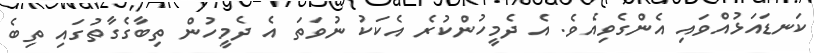
ކަނޑައަޅުއްވައި އެންގެވިއެވެ. އެ ދެމީހުންކުރެ އެކަކު ނުވަތަ އެ ދެމީހުން ތިބާގެގާތުގައި ތިބެ